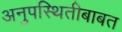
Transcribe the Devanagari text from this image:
अनुपस्थितीबाबत